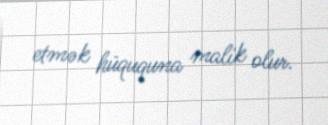
etmək hüququna malik olur.